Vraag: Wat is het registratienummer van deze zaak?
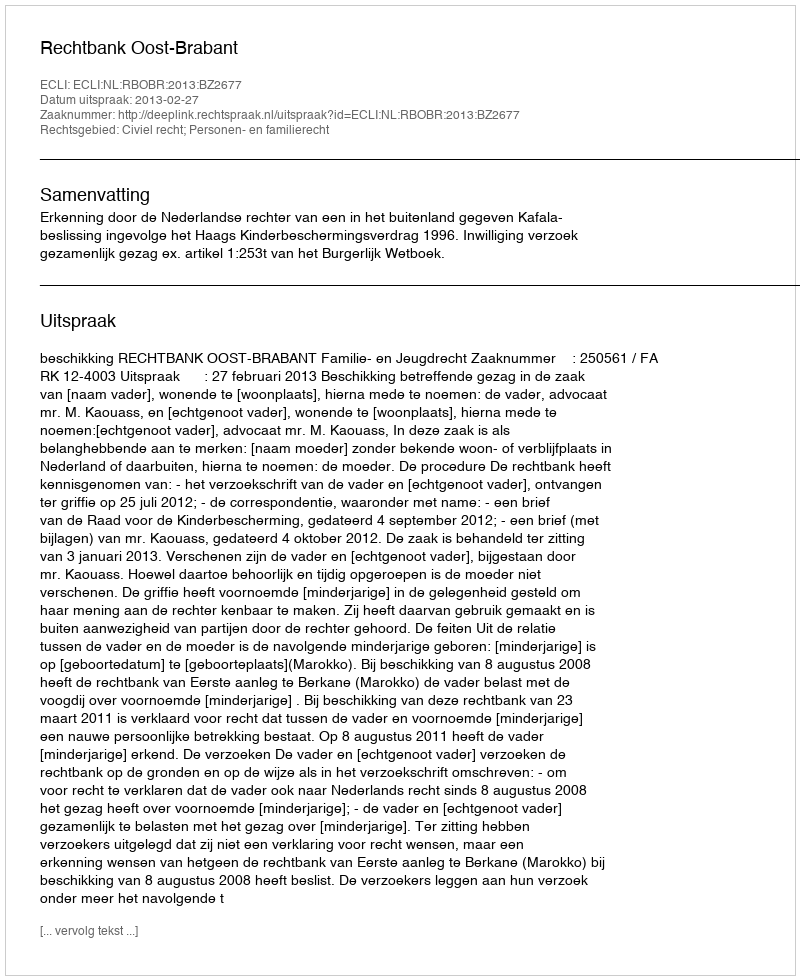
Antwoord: http://deeplink.rechtspraak.nl/uitspraak?id=ECLI:NL:RBOBR:2013:BZ2677